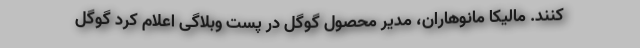
کنند. مالیکا مانوهاران، مدیر محصول گوگل در پست وبلاگی اعلام کرد گوگل